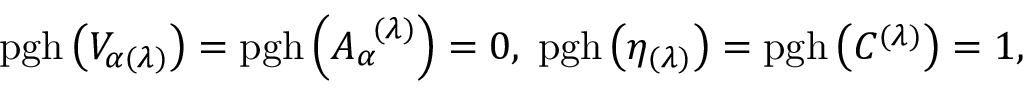
\mathrm { p g h } \left( V _ { \alpha ( \lambda ) } \right) = \mathrm { p g h } \left( A _ { \alpha } ^ { \; \; ( \lambda ) } \right) = 0 , \; \mathrm { p g h } \left( \eta _ { ( \lambda ) } \right) = \mathrm { p g h } \left( C ^ { ( \lambda ) } \right) = 1 ,